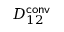
D _ { 1 2 } ^ { \mathsf { c o n v } }